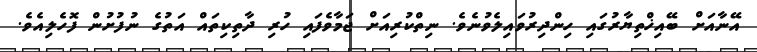
އޭނާއަށް ބޭއިޚްތިޔާރުގައި ހިންދިރުވައިލެވުނެވެ. ނިތްކުރިއަށް ޖަމާވެފައި ހުރި ދާތިކިތައް އަތުގެ ނުފުށުން ފޮހެލިއެވެ.